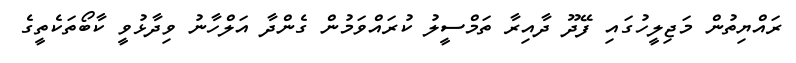
ރައްޔިތުން މަޖިލީހުގައި ފޭދޫ ދާއިރާ ތަމްސީލު ކުރައްވަމުން ގެންދާ އަލްހާނު ވިދާޅުވީ ކާބޯތަކެތީގެ